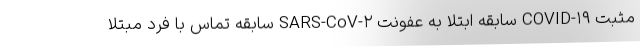
مثبت COVID-۱۹ سابقه ابتلا به عفونت SARS-CoV-۲ سابقه تماس با فرد مبتلا